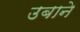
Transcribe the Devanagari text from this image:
उबाने